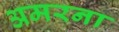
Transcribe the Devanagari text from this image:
अमरना